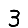
Digit: 3